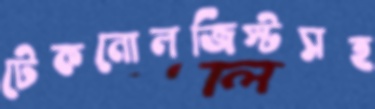
টেকনোলজিস্টসহ